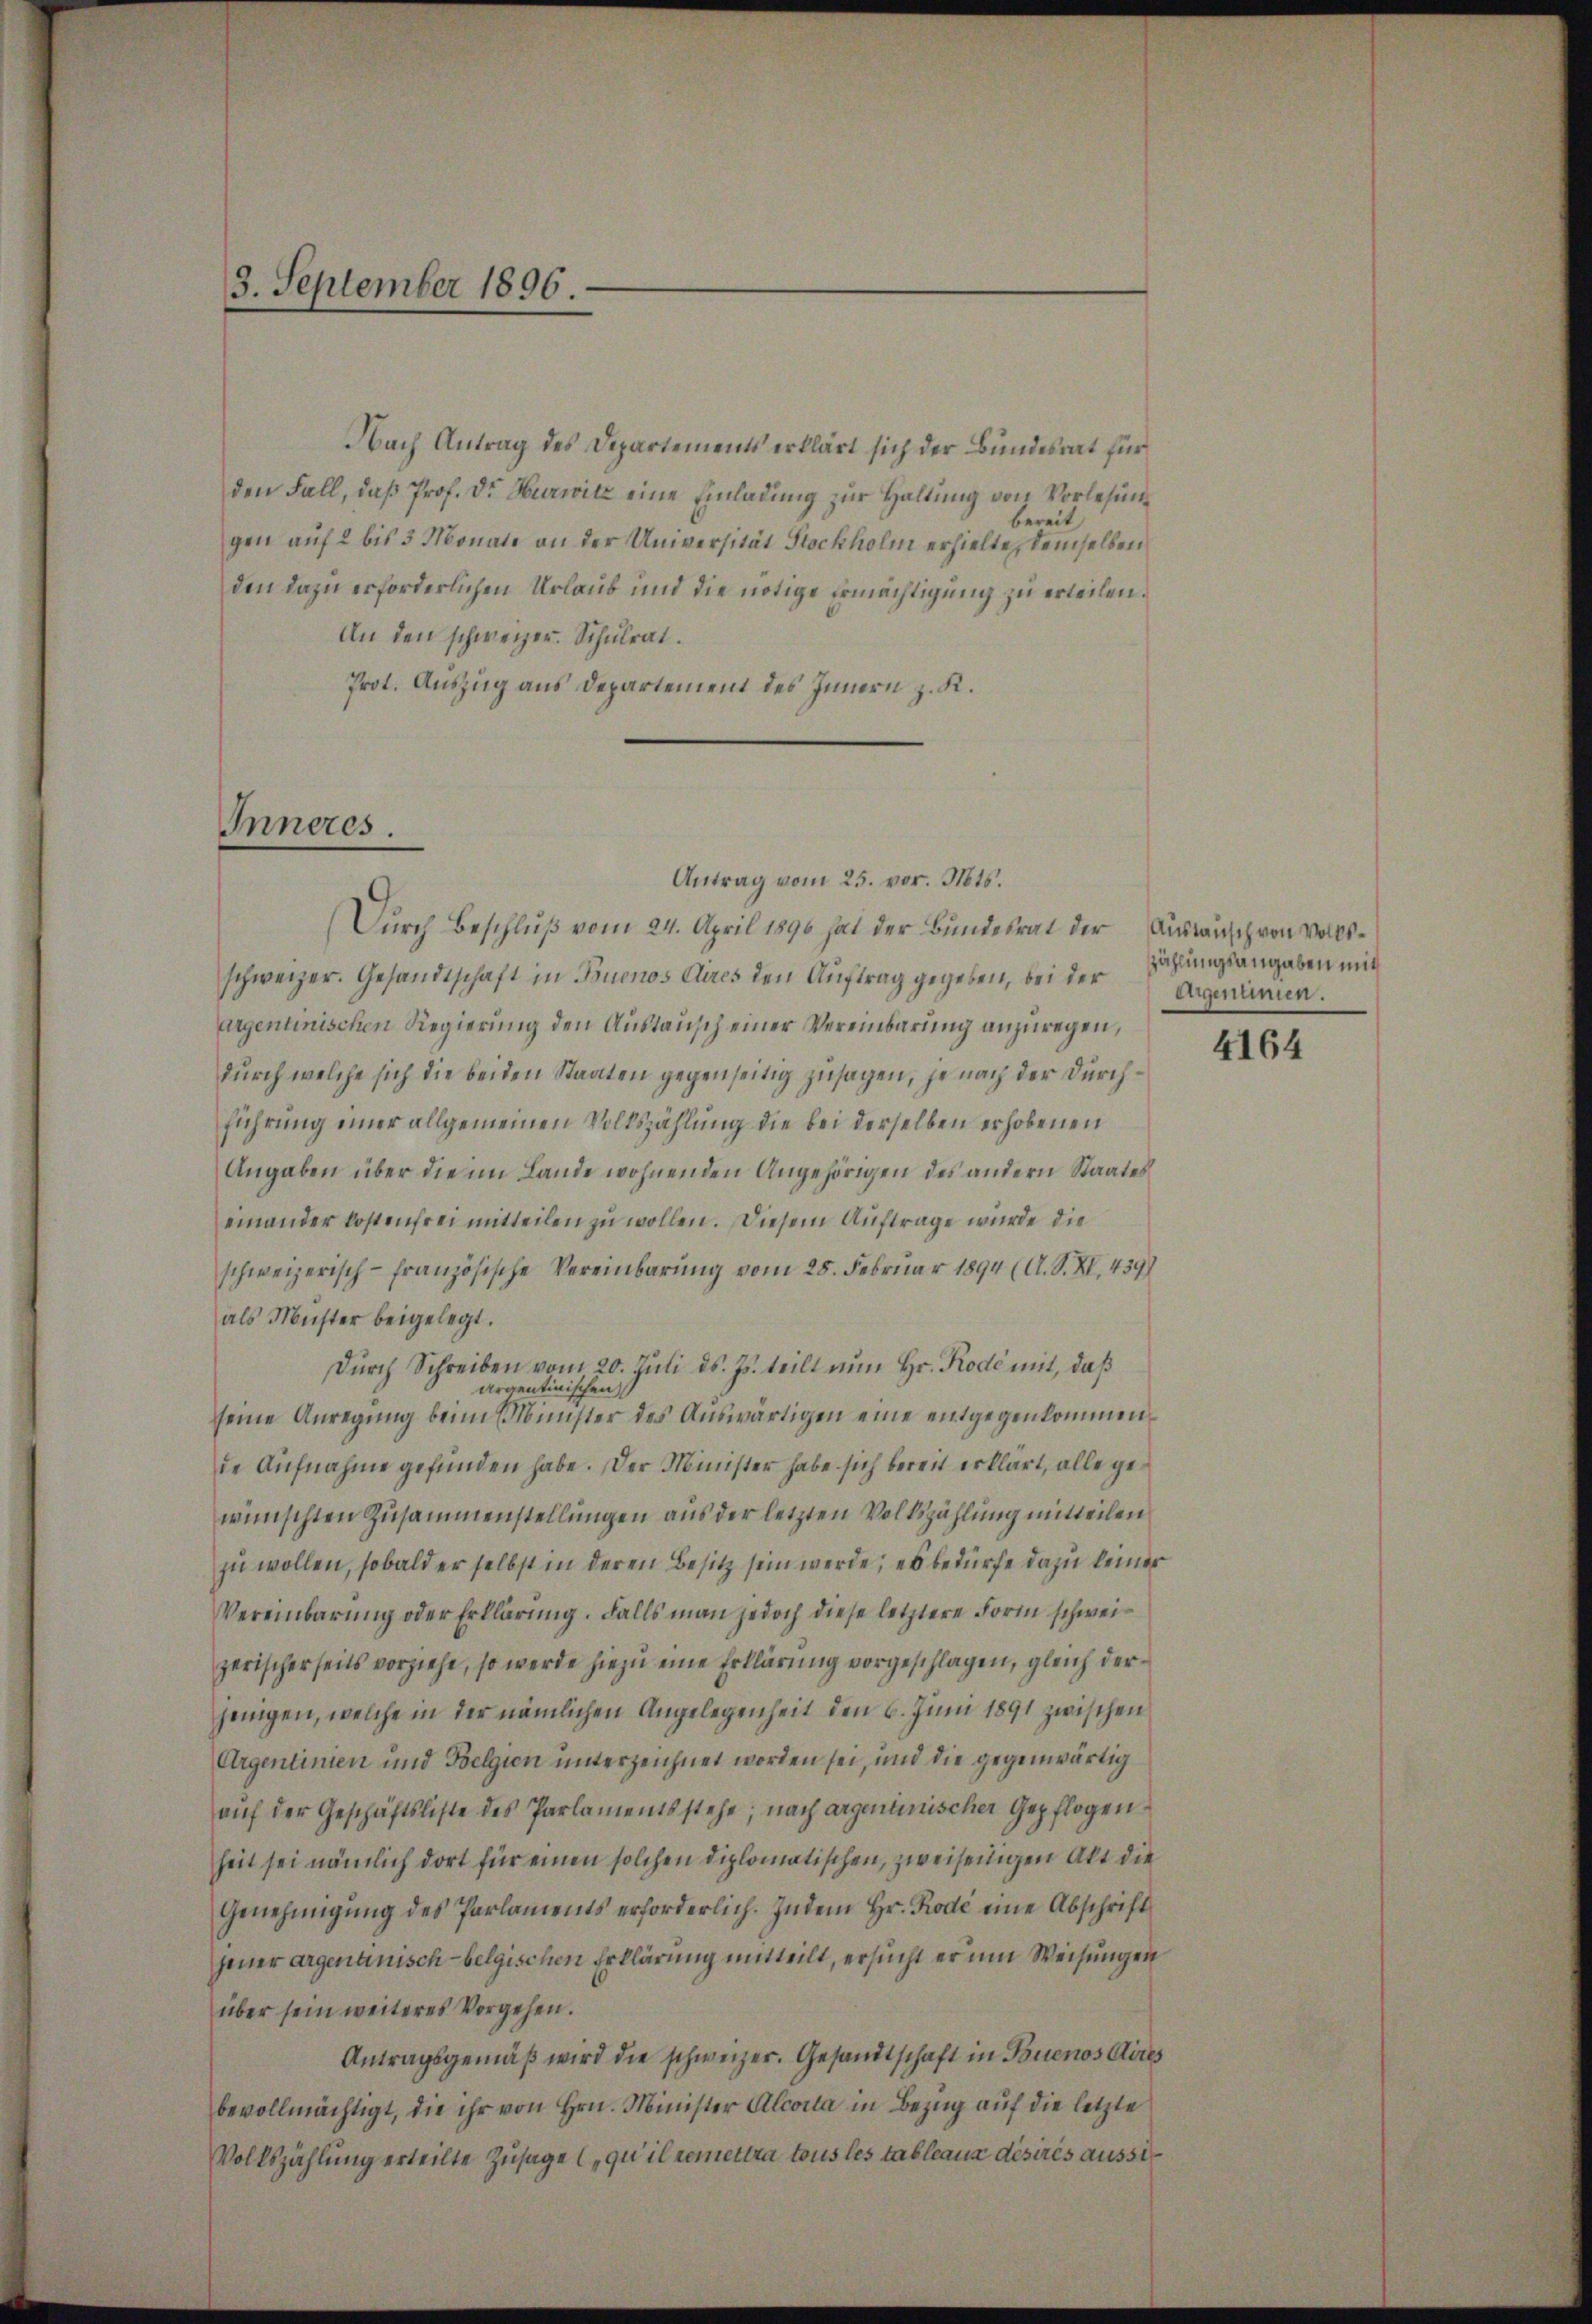
3. September 1896.

Nach Antrag des Departement erklärt sich der Bundesrat für
den Fall, daß Prof. Dr. Hierwitz eine Einladung zur Haltung von Vorlesunbereit
gen auf 2 bis 3 Monate an der Universität Stockholm erhielte, demselben
den dazu erforderlichen Urlaub und die nötige Ermächtigung zu erteilen.
An den schweizer. Schulrat.
Prot. Auszug aus Departement des Innern z. K.

Antrag vom 25. vor. Mts.
Durch Beschluß vom 24. April 1890 hat der Bundesrat der Antansch von Vollsschweizer. Gesandtschaft in Buenos Aires den Auftrag gegeben, bei der sagenennen.
argentinischen Regierung den Austausch einer Vereinbarung anzuregen,
durch welche sich die beiden Staaten gegenseitig zusagen, je nach der Durchführung einer allgemeinen Volkszählung die bei derselben erhobenen
Angaben über die im Lande wohnenden Angehörigen des andern Staates
einander Kostenfrei mitteilen zu wollen. Diesem Auftrage wurde die
schweizerisch-französische Vereinbarung vom 25. Februar 1894 (A. S. XI. 459)
als Muster beigelegt.
Dŭrch Schreiben vom 20. Juli d. Js. teilt nun Hr. Rode mit, daß
argentinischen
seine Anregung beim Minister des Auswärtigen eine entgegenkommen
de Aufnahme gefunden habe. Der Minister habe sich bereit erklärt, alle gewünschten Zusammenstellungen aus der letzten Volkszählung mitteilen
zu wollen, sobald er selbst in deren Besitz sein werde; es bedürfe dazu keiner
Vereinbarung oder Erklärung. Falls man jedoch diese letztere Form schweizerischerseits vorziehe, so werde hiezu eine Erklärung vorgeschlagen, gleich derjenigen, welche in der nämlichen Angelegenheit den 6. Juni 1891 zwischen
Urgentinien und Belgien unterzeichnet worden sei, und die gegenwärtig
aŭf der Geschäftsliste des Parlamentsstehe; nach argeninischer Gepflogen
heit sei nämlich dort für einen solchen diplomatischen, zweiseitigen Akt die
Genehmigung des Parlaments erforderlich. Indem Hr. Rode eine Abschrift
jener argenauisch-belgischen Erklärung mitteilt, ersucht er um Weisungen
über sein weiteres Vergehen.
Antragsgemäβ wird die schweizer. Gesandtschaft in Buenos Aires
bevollmächtigt, die ihr von Hrn. Minister Alcoita in Bezug auf die letzte
Volkszählung erteilte Zusage („qu’il remettra tous les tableaux désirés ausser

Inneres.

zählungsangaben mit

4164